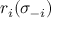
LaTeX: r _ { i } ( \sigma _ { - i } )